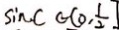
\sin C G ( 0 , \frac { 1 } { 2 } ]